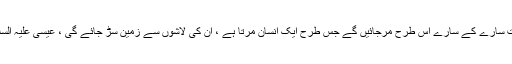
جس سے یک لخت سارے کے سارے اس طرح مرجائیں گے جس طرح ایک انسان مرتا ہے ، ان کی لاشوں سے زمین سڑ جائے گی ، عیسیٰ علیہ السلام دعا کریں گے۔